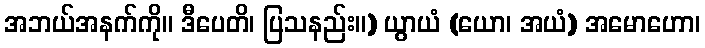
အဘယ်အနက်ကို။ ဒီပေတိ၊ ပြသနည်း။) ယွာယံ (ယော၊ အယံ) အမောဟော၊